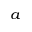
^ { a }